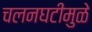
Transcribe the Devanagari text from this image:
चलनघटीमुळे